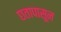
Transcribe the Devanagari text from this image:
छतापासून